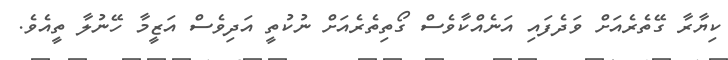
ކިޔާރާ ގޭތެރެއަށް ވަދެފައި އަނެއްކާވެސް ގޯތިތެރެއަށް ނުކުތީ އަދިވެސް އަޒީމާ ހޭނުލާ ތީއެވެ.